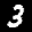
Label: 3